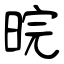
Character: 晥